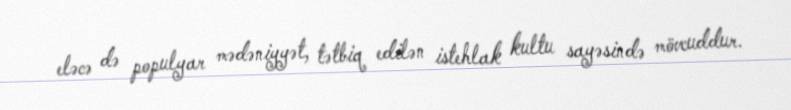
eləcə də populyar mədəniyyət, tətbiq edilən istehlak kultu sayəsində mövcuddur.